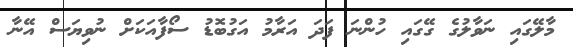
މާލޭގައި ނަވާލުގެ ގޭގައި ހުންނަ ފަދަ އަރާމު އަގުބޮޑު ސޯފާއަކަށް ނުވިޔަސް އޭނާ